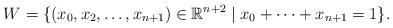
LaTeX: \begin{align*}W = \{ (x_0, x_2, \dots, x_{n+1}) \in \mathbb{R}^{n+2} \mid x_0 + \cdots + x_{n+1} = 1 \}.\end{align*}